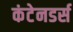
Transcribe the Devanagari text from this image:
कंटेनडर्स